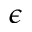
\epsilon